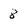
Character: 8